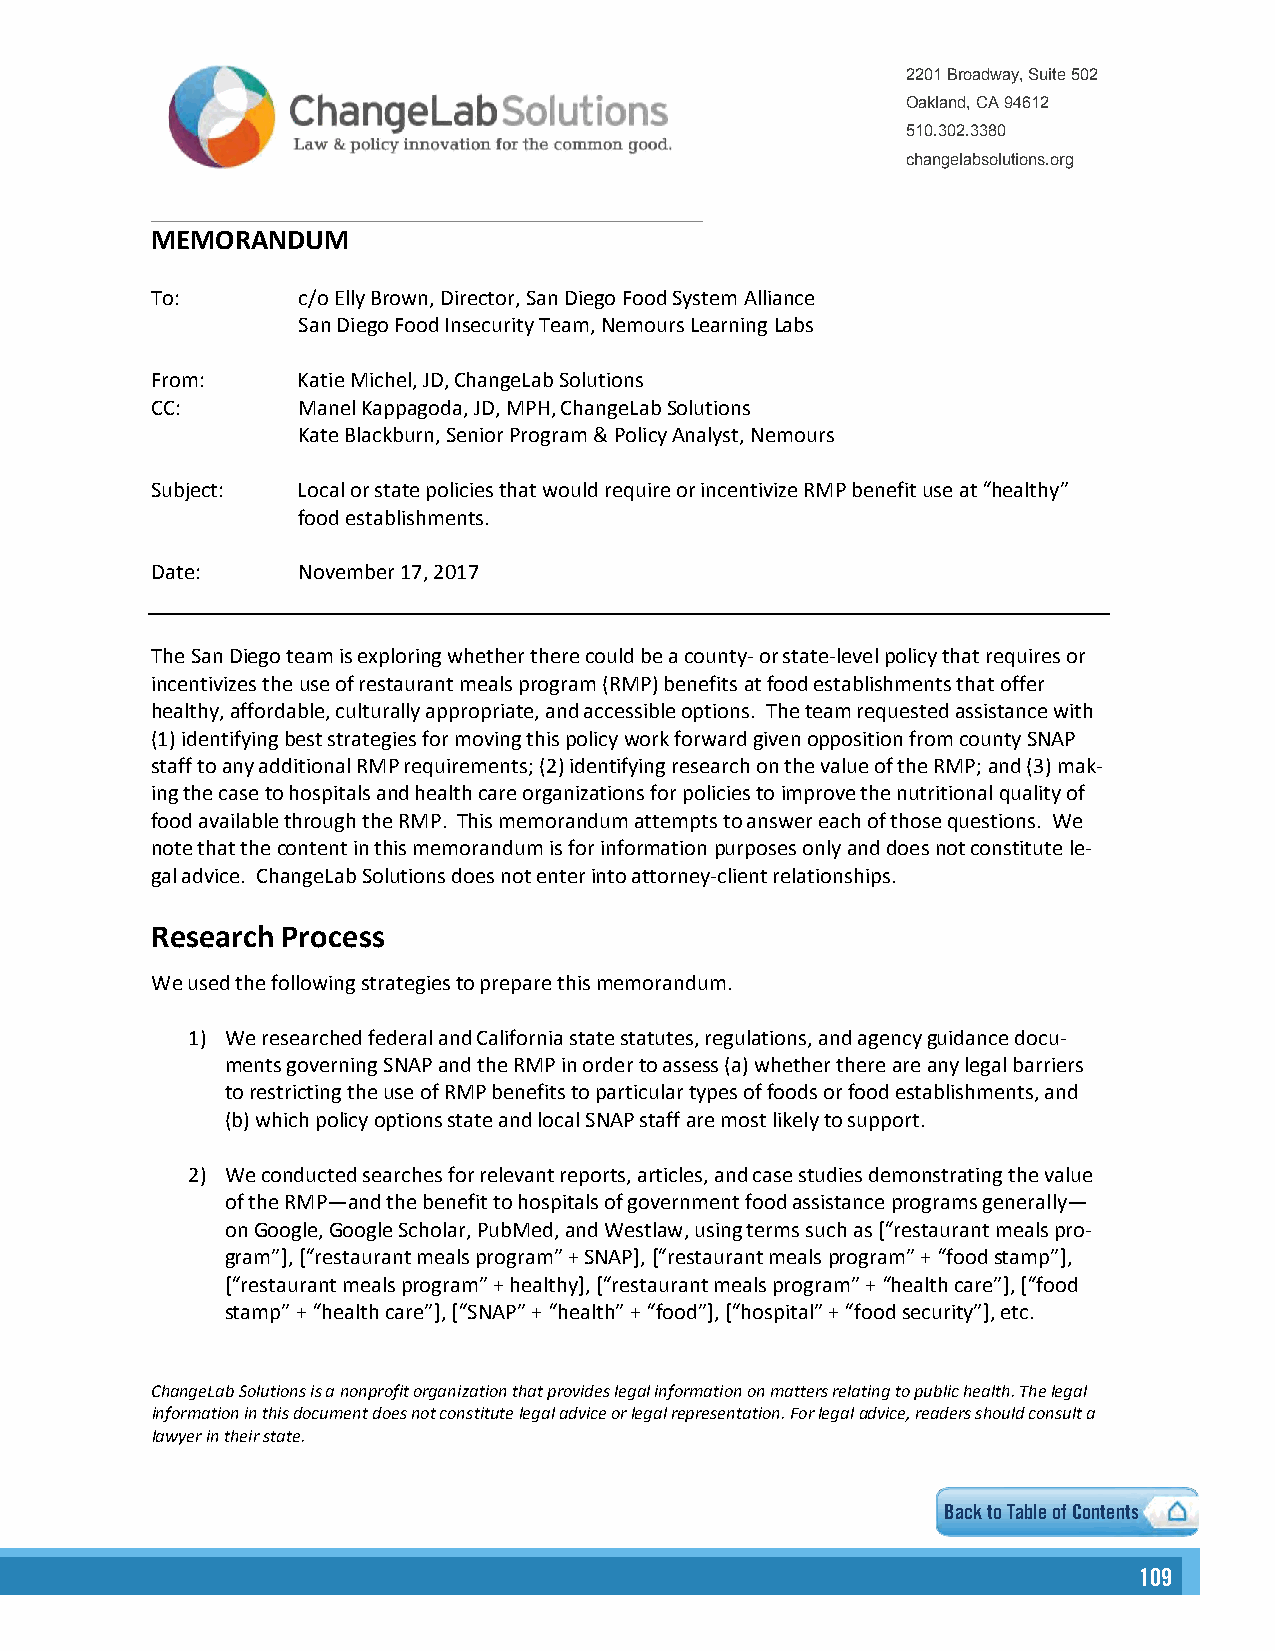
2201 Broadway, Suite 502
 Oakland, CA 94612
 510.302.3380
 changelabsolutions.org
 MEMORANDUM
 To:       c/o Elly Brown, Director, San Diego Food System Alliance
 San Diego Food Insecurity Team, Nemours Learning Labs
 From:     Katie Michel, JD, ChangeLab Solutions
 CC:       Manel Kappagoda, JD, MPH, ChangeLab Solutions
 Kate Blackburn, Senior Program & Policy Analyst, Nemours
 Subject:  Local or state policies that would require or incentivize RMP benefit use at “healthy”
 food establishments.
 Date:     November 17, 2017
 The San Diego team is exploring whether there could be a county- or state-level policy that requires or
 incentivizes the use of restaurant meals program (RMP) benefits at food establishments that offer
 healthy, affordable, culturally appropriate, and accessible options. The team requested assistance with
 (1)identifying best strategies for moving this policy work forward given opposition from county SNAP
 staff to any additional RMP requirements; (2) identifying research on the value of the RMP; and (3) mak-
 ing the case to hospitals and health care organizations for policies to improve the nutritional quality of
 food available through the RMP. This memorandum attempts to answer each of those questions. We
 note that the content in this memorandum is for information purposes only and does not constitute le-
 gal advice. ChangeLab Solutions does not enter into attorney-client relationships.
 Research Process
 We used the following strategies to prepare this memorandum.
 1) We researched federal and California state statutes, regulations, and agency guidance docu-
 ments governing SNAP and the RMP in order to assess (a) whether there are any legal barriers
 to restricting the use of RMP benefits to particular types of foods or food establishments, and
 (b)which policy options state and local SNAP staff are most likely to support.
 2) We conducted searches for relevant reports, articles, and case studies demonstrating the value
 of the RMP—and the benefit to hospitals of government food assistance programs generally—
 on Google, Google Scholar, PubMed, and Westlaw, using terms such as [“restaurant meals pro-
 gram”], [“restaurant meals program” + SNAP], [“restaurant meals program” + “food stamp”],
 [“restaurant meals program” + healthy], [“restaurant meals program” + “health care”], [“food
 stamp” + “health care”], [“SNAP” + “health” + “food”], [“hospital” + “food security”], etc.
 ChangeLab Solutions is a nonprofit organization that provides legal information on matters relating to public health. The legal
 information in this document does not constitute legal advice or legal representation. For legal advice, readers should consult a
 lawyer in their state.
 Back to Table of Contents
 110099